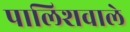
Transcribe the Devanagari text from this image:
पालिशवाले